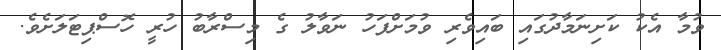
ވުމާ އެކު ކަށިނަމާދުގައި ބައިވެރި ވުމަށްފަހު ނަވާލު ގެ މިސްރާބު ހުރީ ހޮސްޕިޓަލަށެވެ.